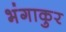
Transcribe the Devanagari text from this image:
भंगाकुर